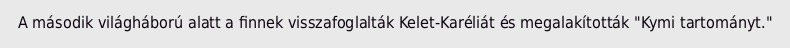
A második világháború alatt a finnek visszafoglalták Kelet-Karéliát és megalakították "Kymi tartományt."